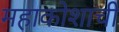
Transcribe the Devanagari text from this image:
महाकोशाची